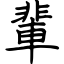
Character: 輩